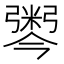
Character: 𢐫